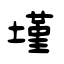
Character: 墐